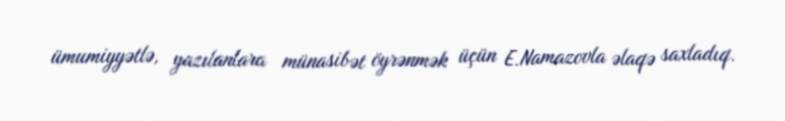
ümumiyyətlə, yazılanlara münasibət öyrənmək üçün E.Namazovla əlaqə saxladıq.